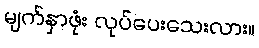
မျက်နှာဖုံး လုပ်ပေးသေးလား။